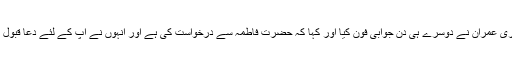
بی بی بشریٰ عمران نے دوسرے ہی دن جوابی فون کیا اور کہا کہ حضرت فاطمہؓ سے درخواست کی ہے اور انہوں نے آپ کے لئے دعا قبول کرلی ہے۔